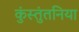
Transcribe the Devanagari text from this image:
कुंस्तुंतनिया